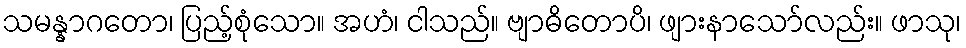
သမန္နာဂတော၊ ပြည့်စုံသော။ အဟံ၊ ငါသည်။ ဗျာဓိတောပိ၊ ဖျားနာသော်လည်း။ ဖာသု၊